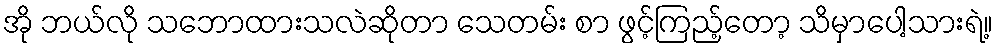
အို ဘယ်လို သဘောထားသလဲဆိုတာ သေတမ်း စာ ဖွင့်ကြည့်တော့ သိမှာပေါ့သားရဲ့။